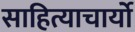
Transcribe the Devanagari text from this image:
साहित्याचार्यो